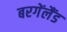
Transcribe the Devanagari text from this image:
बरगेंलैंड